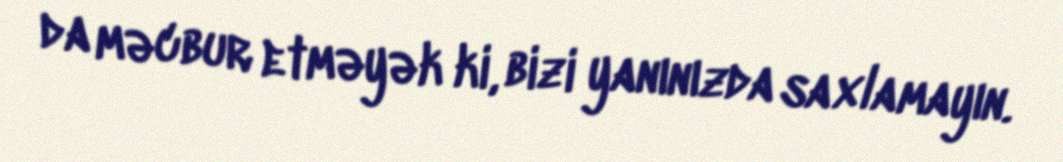
da məcbur etməyək ki, bizi yanınızda saxlamayın.